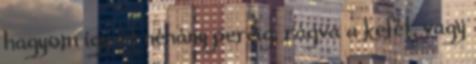
hagyom így őt néhány percig, rágva a kefét, vagy